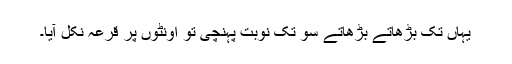
یہاں تک بڑھاتے بڑھاتے سو تک نوبت پہنچی تو اونٹوں پر قرعہ نکل آیا۔